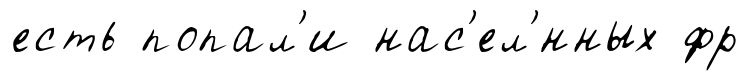
есть попал'и нас'ел'́нных фр